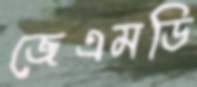
জেএমডি